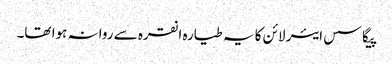
پیگاسس ایئر لائن کا یہ طیارہ انقرہ سے روانہ ہوا تھا۔